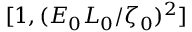
[ 1 , ( E _ { 0 } L _ { 0 } / \zeta _ { 0 } ) ^ { 2 } ]